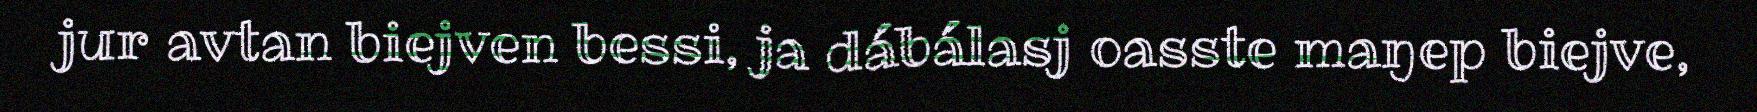
jur avtan biejven bessi, ja dábálasj oasste maŋep biejve,